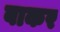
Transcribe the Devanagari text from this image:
बाकर